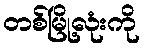
တစ်မြို့လုံးကို